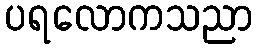
ပရလောကသညာ